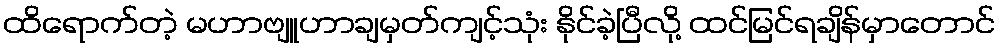
ထိရောက်တဲ့ မဟာဗျူဟာချမှတ်ကျင့်သုံး နိုင်ခဲ့ပြီလို့ ထင်မြင်ရချိန်မှာတောင်